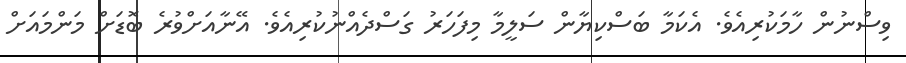
ވިސްނުން ހާމަކުރިއެވެ. އެކަމާ ބަސްކިޔާން ސަލީމާ މިފަހަރު ގަސްދެއްނުކުރިއެވެ. އޭނާއަށްވުރެ ބޮޑަށް މަންމައަށް